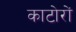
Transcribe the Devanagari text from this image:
काटोरों